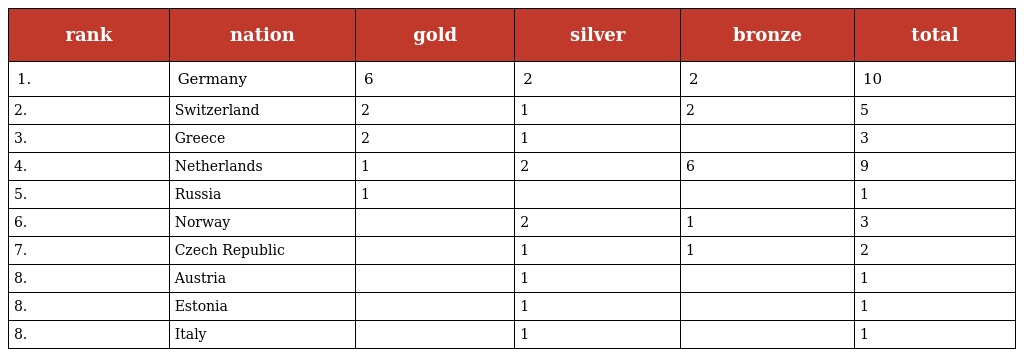
| rank | nation | gold | silver | bronze | total |
 | --- | --- | --- | --- | --- | --- |
 | 1. | Germany | 6 | 2 | 2 | 10 |
 | 2. | Switzerland | 2 | 1 | 2 | 5 |
 | 3. | Greece | 2 | 1 |  | 3 |
 | 4. | Netherlands | 1 | 2 | 6 | 9 |
 | 5. | Russia | 1 |  |  | 1 |
 | 6. | Norway |  | 2 | 1 | 3 |
 | 7. | Czech Republic |  | 1 | 1 | 2 |
 | 8. | Austria |  | 1 |  | 1 |
 | 8. | Estonia |  | 1 |  | 1 |
 | 8. | Italy |  | 1 |  | 1 |